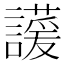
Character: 𬣊